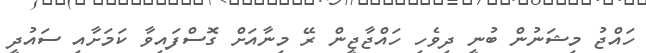
ހައްޖު މިޝަނުން ބުނީ ދިވެހި ހައްޖާޖީން ރޭ މިނާއަށް ގޮސްފައިވާ ކަމަށާއި ސައުދީ